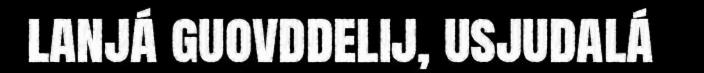
lanjá guovddelij, usjudalá